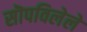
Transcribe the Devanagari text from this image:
सॊपविलेले